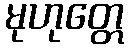
မုဟုတ္တေ